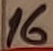
Text: 16